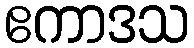
ဧကာဒသ